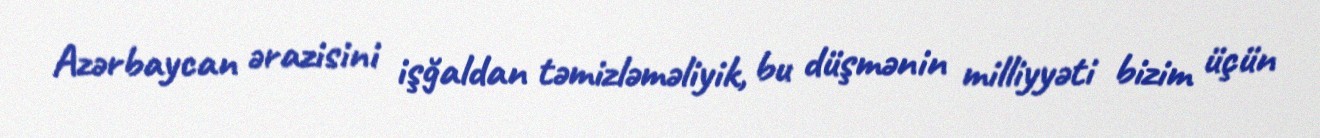
Azərbaycan ərazisini işğaldan təmizləməliyik, bu düşmənin milliyyəti bizim üçün